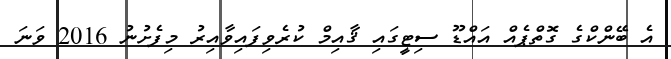
އެ ބޭންކްގެ ގޮތްޕެއް އައްޑޫ ސިޓީގައި ޤާއިމް ކުރެވިފައިވާއިރު މިފެށުނު 2016 ވަނަ